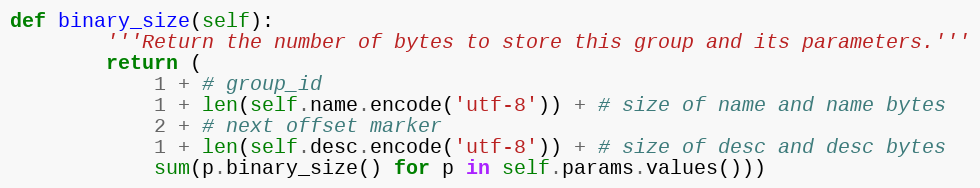
Language: Python
def binary_size(self):
        '''Return the number of bytes to store this group and its parameters.'''
        return (
            1 + # group_id
            1 + len(self.name.encode('utf-8')) + # size of name and name bytes
            2 + # next offset marker
            1 + len(self.desc.encode('utf-8')) + # size of desc and desc bytes
            sum(p.binary_size() for p in self.params.values()))